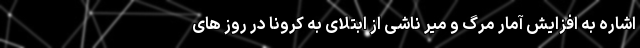
اشاره به افزایش آمار مرگ و میر ناشی از ابتلای به کرونا در روز های